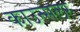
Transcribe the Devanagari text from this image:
काउन्सलर